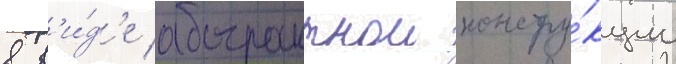
в в'и́д'е абстрактнои констру́кции